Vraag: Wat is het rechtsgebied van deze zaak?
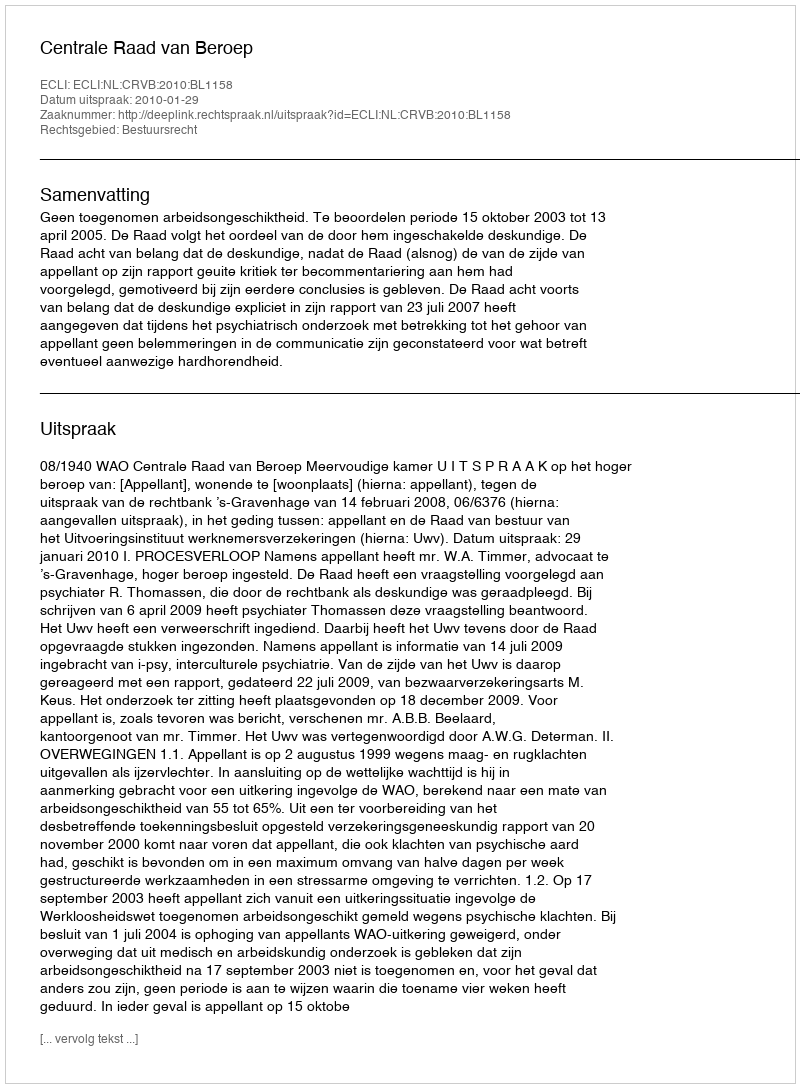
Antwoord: Bestuursrecht